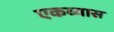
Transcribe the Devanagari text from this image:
एकव्यास